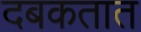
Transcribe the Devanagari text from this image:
दबकतात